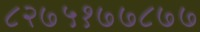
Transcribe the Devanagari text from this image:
८२७५१७७८७७